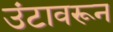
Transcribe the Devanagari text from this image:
उंटावरून